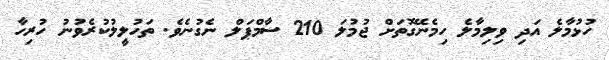
ހުޅުމާލެ އަދި ވިލިމާލެ ހިމެނޭގޮތަށް ޖުމުލަ 210 ސާމްޕަލް ނެގުނެވެ. ތަހުލީލުކުރެވުނު ހުރިހާ